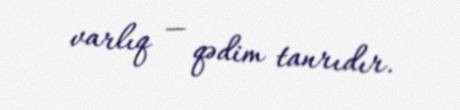
varlıq — qədim tanrıdır.